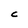
Character: C